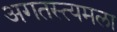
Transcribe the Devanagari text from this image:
अगतस्त्यमला